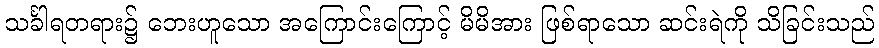
သင်္ခါရတရား၌ ဘေးဟူသော အကြောင်းကြောင့် မိမိအား ဖြစ်ရာသော ဆင်းရဲကို သိခြင်းသည်